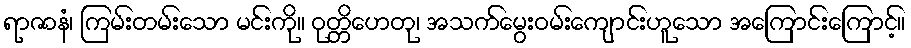
ရာဇာနံ၊ ကြမ်းတမ်းသော မင်းကို။ ဝုတ္တိဟေတု၊ အသက်မွေးဝမ်းကျောင်းဟူသော အကြောင်းကြောင့်။